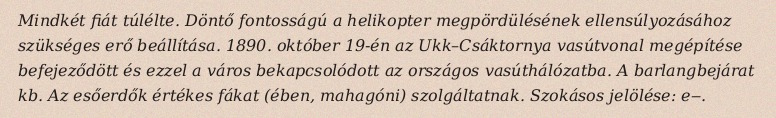
Mindkét fiát túlélte. Döntő fontosságú a helikopter megpördülésének ellensúlyozásához szükséges erő beállítása. 1890. október 19-én az Ukk–Csáktornya vasútvonal megépítése befejeződött és ezzel a város bekapcsolódott az országos vasúthálózatba. A barlangbejárat kb. Az esőerdők értékes fákat (ében, mahagóni) szolgáltatnak. Szokásos jelölése: e‒.